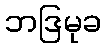
ဘဒြမုခ